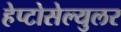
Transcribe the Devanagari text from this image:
हेप्टोसेल्युलर